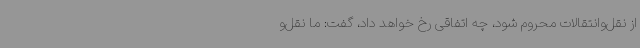
از نقل‌وانتقالات محروم شود، چه اتفاقی رخ خواهد داد، گفت: ما نقل‌و